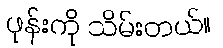
ဖုန်းကို သိမ်းတယ်။